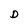
Character: D